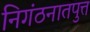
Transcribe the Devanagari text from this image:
निगंठनातपुत्त